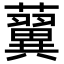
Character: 𧃟